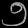
Digit: ၅